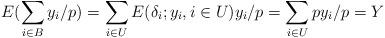
LaTeX: \begin{align*}E(\sum_{i\in B} y_i/p) = \sum_{i\in U} E(\delta_i; y_i, i\in U) y_i/p = \sum_{i\in U} p y_i/p = Y\end{align*}